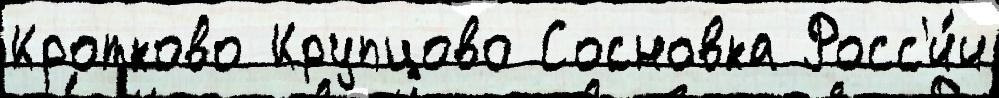
Кротково Крупцово Сосновка Росс'и́и